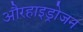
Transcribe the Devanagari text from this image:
औरहाइड्रोजन